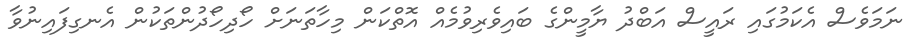
ނަމަވެސް އެކަމުގައި ރައީސް އަބްދު ޔާމީންގެ ބައިވެރިވުމެއް އޮތްކަން މިހާތަނަށް ހޯދިހޯދުންތަކުން އެނގިފައިނުވާ